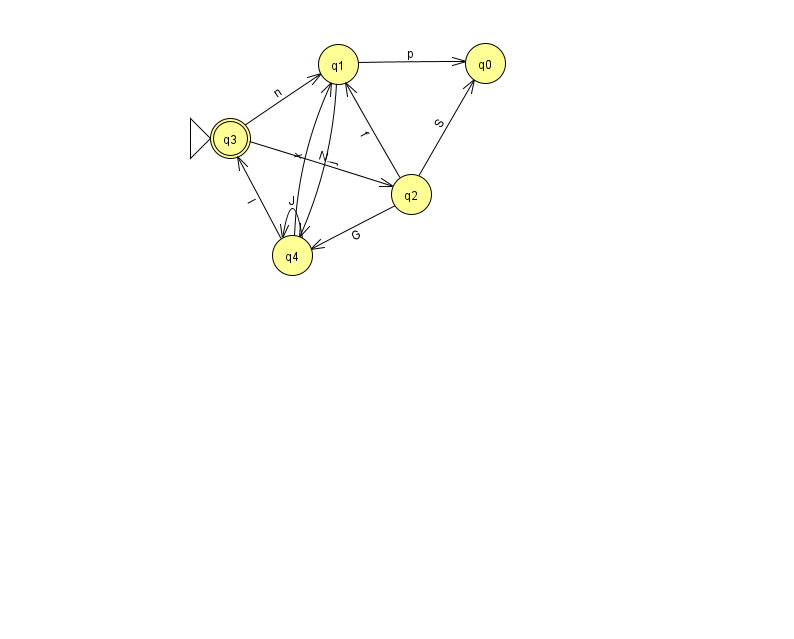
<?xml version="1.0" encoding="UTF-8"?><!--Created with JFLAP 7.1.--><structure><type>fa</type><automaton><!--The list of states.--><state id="0" name="q0"><x>485.0</x><y>50.0</y></state><state id="1" name="q1"><x>338.0</x><y>51.0</y></state><state id="2" name="q2"><x>411.0</x><y>181.0</y></state><state id="3" name="q3"><x>230.0</x><y>125.0</y><initial/><final/></state><state id="4" name="q4"><x>292.0</x><y>242.0</y></state><!--The list of transitions.--><transition><from>3</from><to>2</to><read>N</read></transition><transition><from>1</from><to>0</to><read>p</read></transition><transition><from>2</from><to>1</to><read>f</read></transition><transition><from>1</from><to>4</to><read>j</read></transition><transition><from>2</from><to>4</to><read>G</read></transition><transition><from>4</from><to>4</to><read>J</read></transition><transition><from>4</from><to>1</to><read>x</read></transition><transition><from>2</from><to>0</to><read>S</read></transition><transition><from>3</from><to>1</to><read>n</read></transition><transition><from>4</from><to>3</to><read>l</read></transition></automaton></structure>